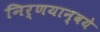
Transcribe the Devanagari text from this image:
निर्णयान्वये